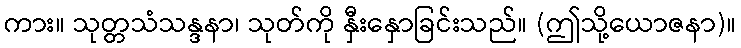
ကား။ သုတ္တသံသန္ဒနာ၊ သုတ်ကို နှီးနှောခြင်းသည်။ (ဤသို့ယောဇနာ)။